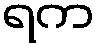
ရက